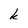
Character: k